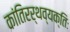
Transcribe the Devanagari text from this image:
कांतिरर्थव्यक्तिः